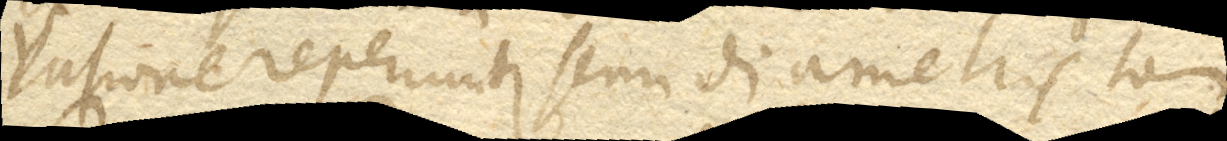
vatione reperiuntur semidiametris tam